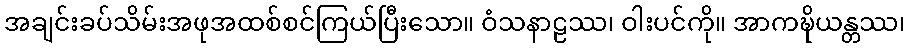
အချင်းခပ်သိမ်းအဖုအထစ်စင်ကြယ်ပြီးသော။ ဝံသနာဠဿ၊ ဝါးပင်ကို။ အာကဍ္ဎိယန္တဿ၊